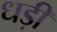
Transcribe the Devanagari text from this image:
धड़ी